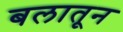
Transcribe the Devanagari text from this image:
बलातून